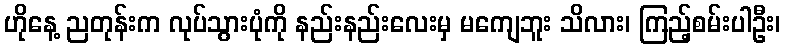
ဟိုနေ့ ညတုန်းက လုပ်သွားပုံကို နည်းနည်းလေးမှ မကျေဘူး သိလား၊ ကြည့်စမ်းပါဦး၊